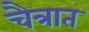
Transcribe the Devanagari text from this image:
चैत्रात